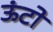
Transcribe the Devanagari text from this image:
ऊंटो